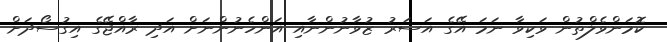
ކޮމަންވެލްތުން ވަކިވާ ނަމަ އޭގެ އަސަރު ޒުވާނުންނާއި އަންހެނުންނަށް އަދި ރާއްޖޭގެ އިގުސޯދަށް